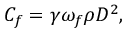
{ C _ { f } } = \gamma \omega _ { f } \rho D ^ { 2 } ,